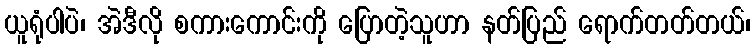
ယူရုံပါပဲ၊ အဲဒီလို စကားကောင်းကို ပြောတဲ့သူဟာ နတ်ပြည် ရောက်တတ်တယ်၊